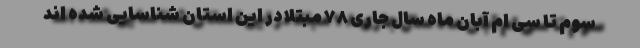
سوم تا سی ام آبان ماه سال جاری ۷۸ مبتلا در این استان شناسایی شده اند